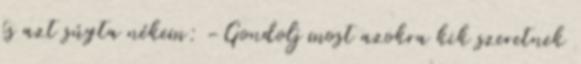
és azt súgta nékem: -Gondolj most azokra kik szeretnek